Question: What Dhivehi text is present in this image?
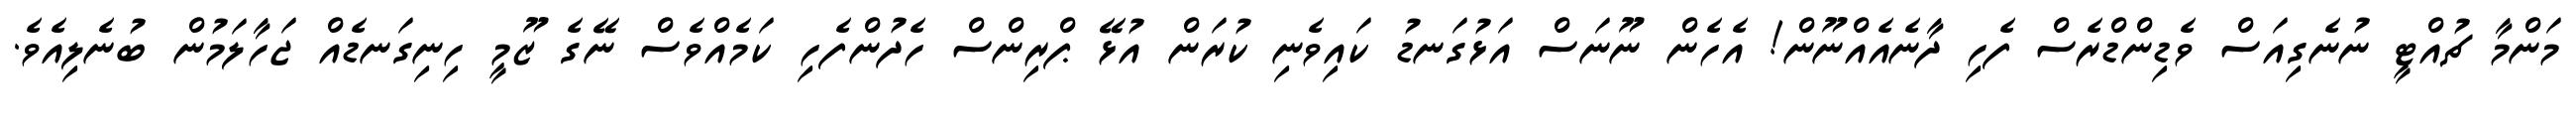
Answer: މަންމާ ޗުއްޓީ ނުނެގިއަސް ވެޑިންޑްރެސް ފެހި ދާނެއެއްނޫން! އެހެން ނޫނަސް އަޅުގަނޑު ކައިވެނި ކުރަން އުޅޭ ޕްރިންސް ހެދުންފެހި ކަމެއްވެސް ނޭގެ ޒޫމީ ހިނިގަނޑެއް ޖަހާލަމުން ބުނެލިއެވެ.